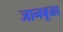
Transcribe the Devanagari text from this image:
जानबूळा